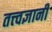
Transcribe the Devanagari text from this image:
तत्त्‍वज्ञानी